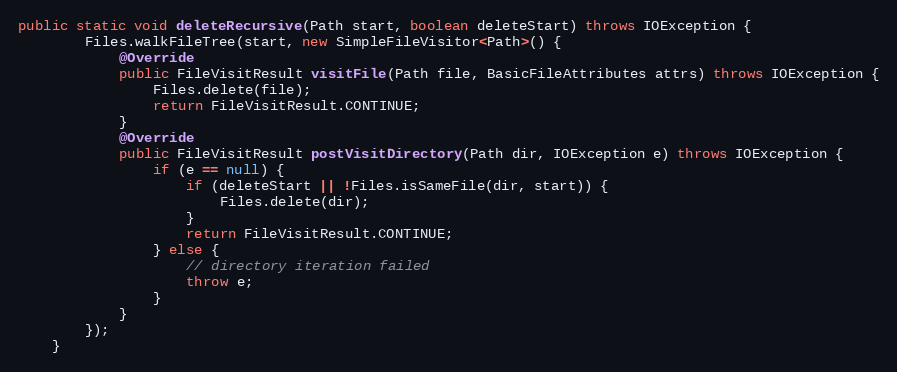
Language: Java
public static void deleteRecursive(Path start, boolean deleteStart) throws IOException {
		Files.walkFileTree(start, new SimpleFileVisitor<Path>() {
			@Override
			public FileVisitResult visitFile(Path file, BasicFileAttributes attrs) throws IOException {
				Files.delete(file);
				return FileVisitResult.CONTINUE;
			}
			@Override
			public FileVisitResult postVisitDirectory(Path dir, IOException e) throws IOException {
				if (e == null) {
					if (deleteStart || !Files.isSameFile(dir, start)) {
						Files.delete(dir);
					}
					return FileVisitResult.CONTINUE;
				} else {
					// directory iteration failed
					throw e;
				}
			}
		});
	}